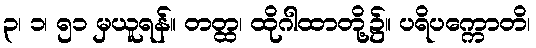
၃၊ ၁၊ ၅၁ မှယူရန်။ တတ္ထ၊ ထိုဂါထာတို့၌။ ပရိပက္ကောတိ၊